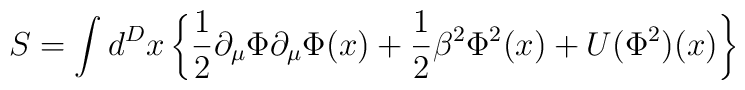
S = \int d^{D}x \left\{ \frac{1}{2} \partial_{\mu} \Phi \partial_{\mu} \Phi(x) + \frac{1}{2} \beta^{2} \Phi^{2}(x) + U(\Phi^{2})(x) \right\}